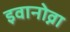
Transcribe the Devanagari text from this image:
इवानोव्ना